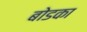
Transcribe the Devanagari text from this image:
बोडका